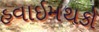
હવાઇમથકો